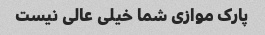
پارک موازی شما خیلی عالی نیست